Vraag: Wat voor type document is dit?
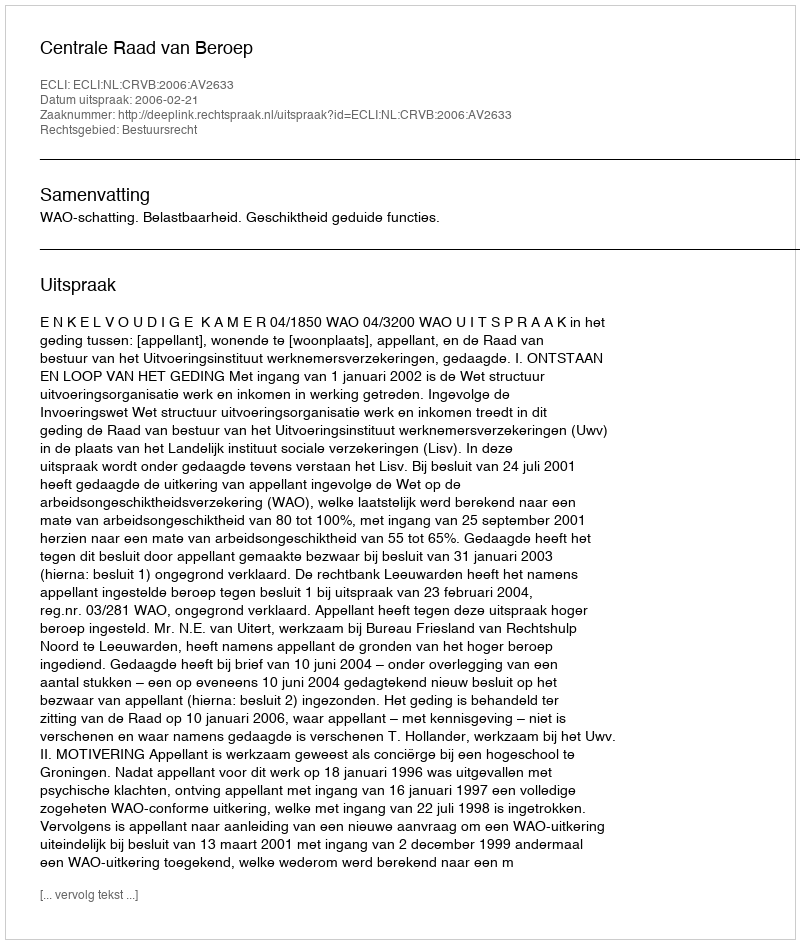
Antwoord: Uitspraak